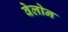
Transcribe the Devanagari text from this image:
वेलोन